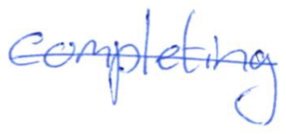
Text: completing
Cross-out: single-line
Writing tool: ballpoint